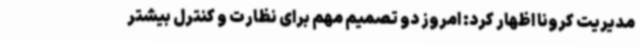
مدیریت کرونا اظهار کرد: امروز دو تصمیم مهم برای نظارت و کنترل بیشتر